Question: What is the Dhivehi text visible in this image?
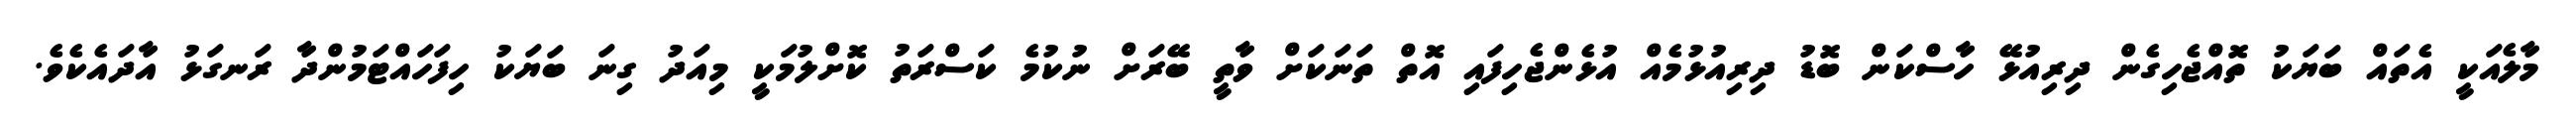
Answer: މާލެއަކީ އެތައް ބަޔަކު ތޮއްޖެހިގެން ދިރިއުޅޭ ހާސްކަން ބޮޑު ދިރިއުޅުމެއް އުޅެންޖެހިފައި އޮތް ތަނަކަށް ވާތީ ބޭރަށް ނުކުމެ ކަސްރަތު ކޮށްލުމަކީ މިއަދު ގިނަ ބަޔަކު ހިފަހައްޓަމުންދާ ރަނގަޅު އާދައެކެވެ.